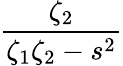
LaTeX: \frac{\zeta_{2}}{\zeta_{1}\zeta_{2}-s^{2}}